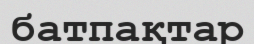
батпақтар